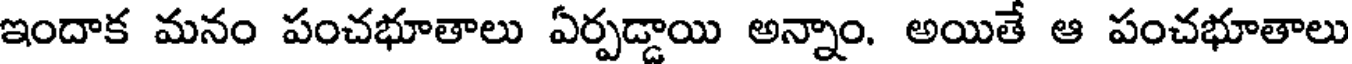
ఇందాక మనం పంచభూతాలు ఏర్పడ్డాయి అన్నాం. అయితే ఆ పంచభూతాలు